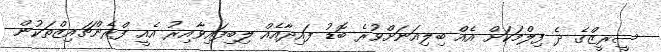
ސީރީޒްގެ ދެ ފިލްމަކަށް އެއް ބިލިއަނަށްވުރެ ބޮޑު ފައިދާއެއް ލިބިފައިވާއިރު އެއީ ފްރެންޗައިޒްތަކުން